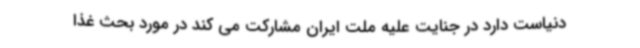
دنیاست دارد در جنایت علیه ملت ایران مشارکت می کند در مورد بحث غذا